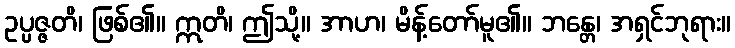
ဥပ္ပဇ္ဇတိ၊ ဖြစ်၏။ ဣတိ၊ ဤသို့။ အာဟ၊ မိန့်တော်မူ၏။ ဘန္တေ၊ အရှင်ဘုရား။